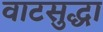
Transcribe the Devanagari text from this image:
वाटसुद्धा